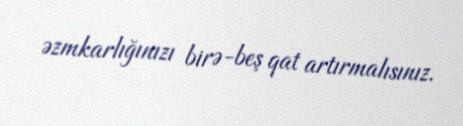
əzmkarlığınızı birə-beş qat artırmalısınız.